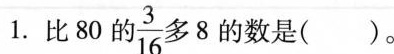
1.比80 的 \frac{3}{16} 多 8的数是()。